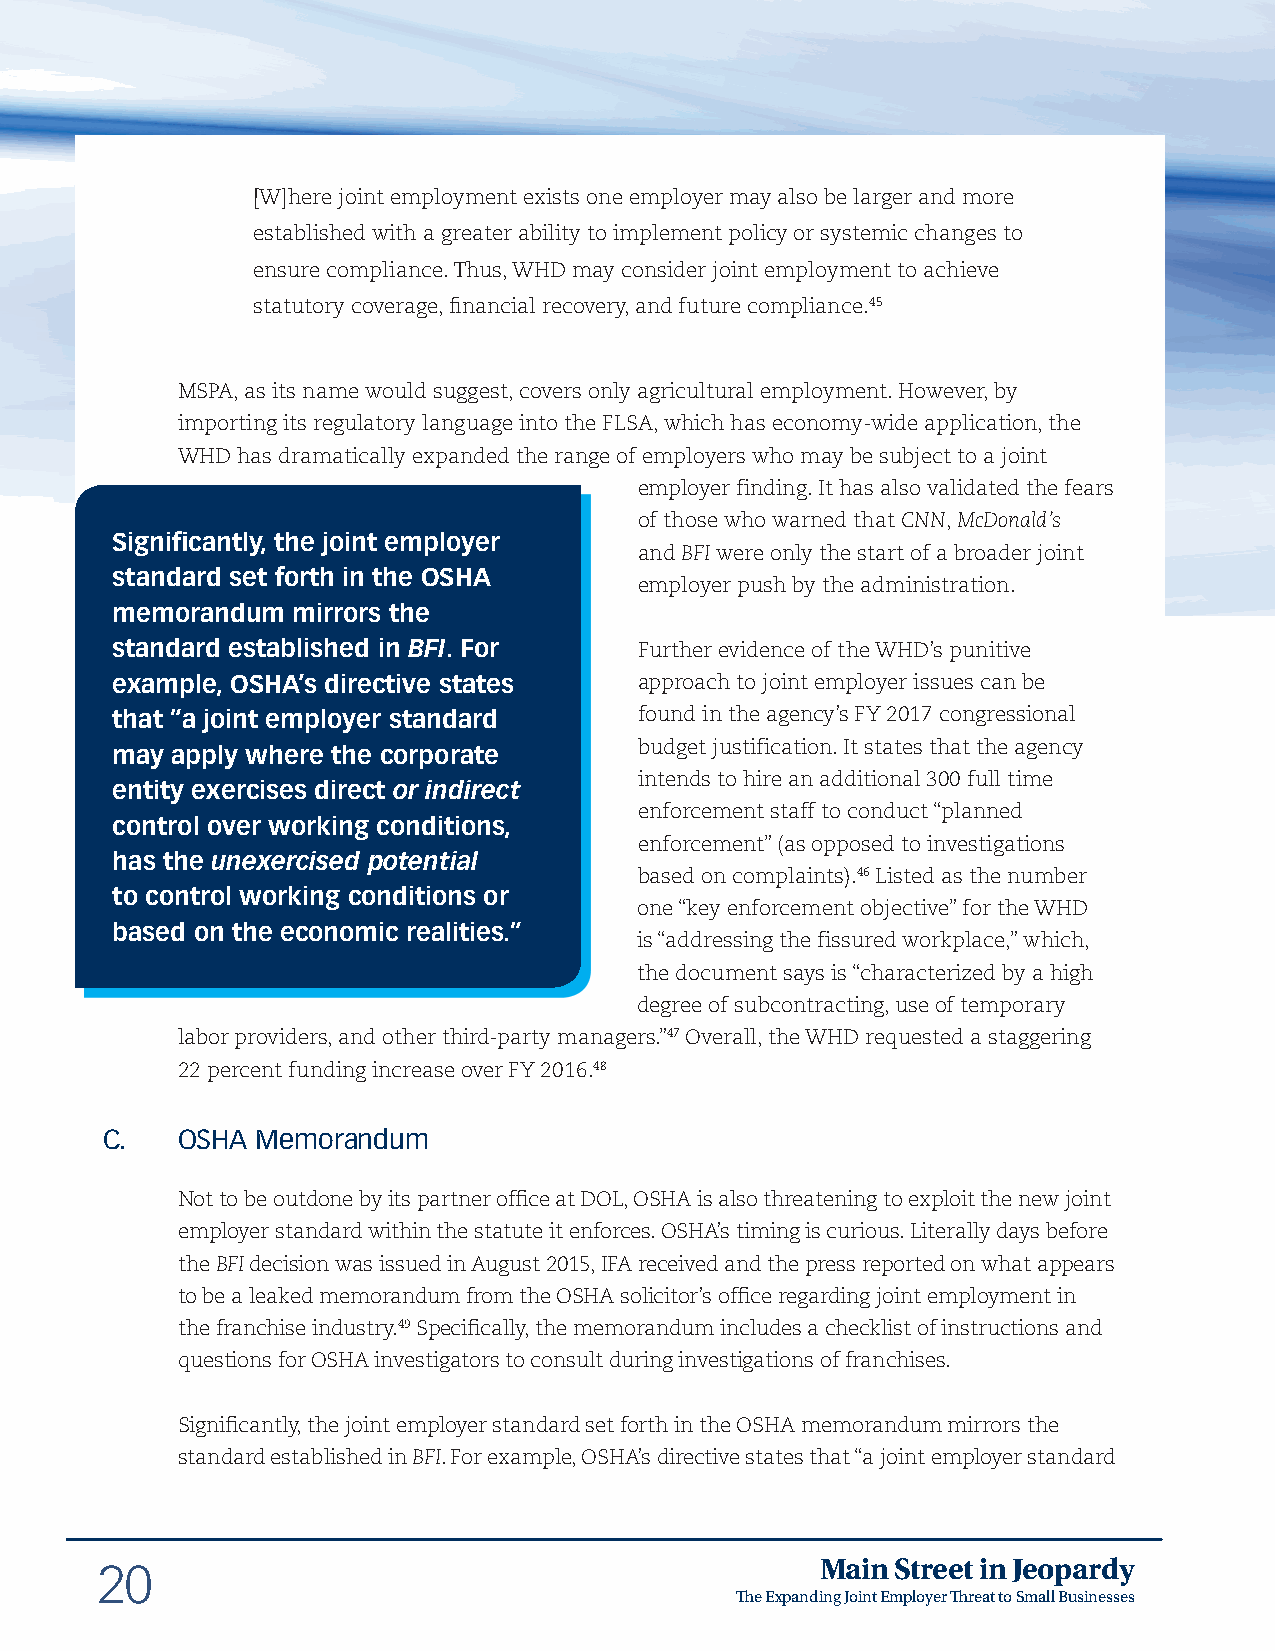
[W]here joint employment exists one employer may also be larger and more
 established with a greater ability to implement policy or systemic changes to
 ensure compliance. Thus, WHD may consider joint employment to achieve
 statutory coverage, financial recovery, and future compliance.45
 MSPA, as its name would suggest, covers only agricultural employment. However, by
 importing its regulatory language into the FLSA, which has economy-wide application, the
 WHD has dramatically expanded the range of employers who may be subject to a joint
 employer finding. It has also validated the fears
 of those who warned that CNN, McDonald’s
 Significantly, the joint employer
 and BFI were only the start of a broader joint
 standard set forth in the OSHA
 employer push by the administration.
 memorandum  mirrors the
 standard established in BFI. For   Further evidence of the WHD’s punitive
 example, OSHA’s directive states   approach to joint employer issues can be
 that “a joint employer standard    found in the agency’s FY 2017 congressional
 budget justification. It states that the agency
 may apply where the corporate
 intends to hire an additional 300 full time
 entity exercises direct or indirect
 enforcement staff to conduct “planned
 control over working conditions,
 enforcement” (as opposed to investigations
 has the unexercised potential
 based on complaints).46 Listed as the number
 to control working conditions or
 one “key enforcement objective” for the WHD
 based on the economic realities.”
 is “addressing the fissured workplace,” which,
 the document says is “characterized by a high
 degree of subcontracting, use of temporary
 labor providers, and other third-party managers.”47 Overall, the WHD requested a staggering
 22 percent funding increase over FY 2016.48
 C.   OSHA Memorandum
 Not to be outdone by its partner office at DOL, OSHA is also threatening to exploit the new joint
 employer standard within the statute it enforces. OSHA’s timing is curious. Literally days before
 the BFI decision was issued in August 2015, IFA received and the press reported on what appears
 to be a leaked memorandum from the OSHA solicitor’s office regarding joint employment in
 the franchise industry.49 Specifically, the memorandum includes a checklist of instructions and
 questions for OSHA investigators to consult during investigations of franchises.
 Significantly, the joint employer standard set forth in the OSHA memorandum mirrors the
 standard established in BFI. For example, OSHA’s directive states that “a joint employer standard
 Main Street in Jeopardy
 20
 The Expanding Joint Employer Threat to Small Businesses